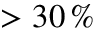
> 3 0 \, \%